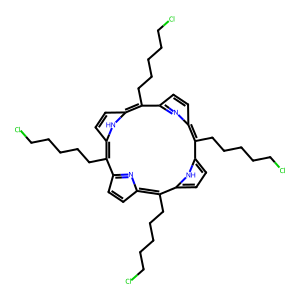
SMILES: ClCCCCCc1c2ccc(n2)c(CCCCCCl)c2ccc([nH]2)c(CCCCCCl)c2ccc(n2)c(CCCCCCl)c2ccc1[nH]2
Inhibits HIV replication: No